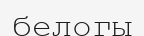
белогы